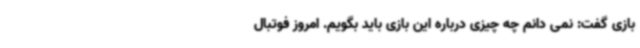
بازی گفت: نمی دانم چه چیزی درباره این بازی باید بگویم. امروز فوتبال